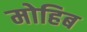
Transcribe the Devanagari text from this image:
मोहिब